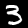
Digit: 3